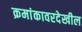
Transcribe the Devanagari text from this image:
क्रमांकावरदेखील